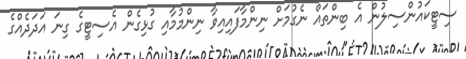
ސިޓީކައުންސިލުން އެ ބިންތައް ނެގުމަށް ނިންމާފައިއިވާ ނިންމުމާއި ގުޅިގެން އެސިޓީގެ ގިނަ އަދަދެއްގެ